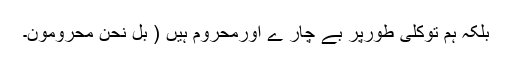
بلکہ ہم توکلّی طورپر بے چار ے اورمحروم ہیں ( بَلْ نَحْنُ مَحْرُومُونَ۔